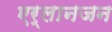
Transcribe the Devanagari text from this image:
एर्लानजन